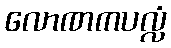
လောဏကပလ္လံ